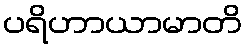
ပရိဟာယာမာတိ